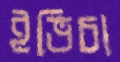
ইভিচা